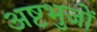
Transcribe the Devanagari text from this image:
अष्टभुजों